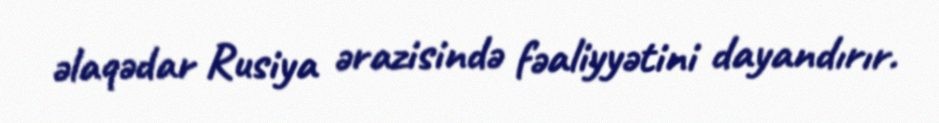
əlaqədar Rusiya ərazisində fəaliyyətini dayandırır.